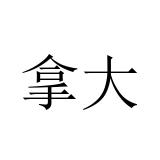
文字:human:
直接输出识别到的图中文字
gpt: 拿大